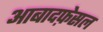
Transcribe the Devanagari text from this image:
आबादफ़ेसल